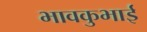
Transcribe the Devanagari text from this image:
भावकुभाई